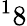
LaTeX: ^18